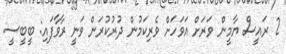
2 ރައީސް ޔާމީން ވަރަށް އަވަހަށް ވެރިކަމުން ދުރުކުރަން ވަނީ ރާވާފައި: ބީބީސީ